Lunatic asylums Central Provinces reports 1910-1926 - 1910-1926
Year: 1910
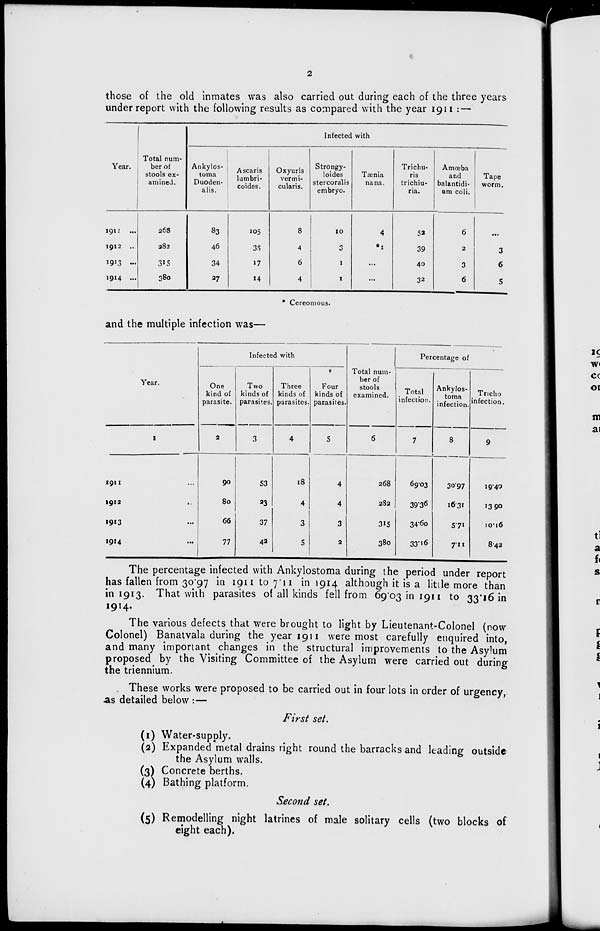
2
those of the old inmates was also carried out during each of the three years
under report with the following results as compared with the year 1911 :—
Year.
1911 ...
1912 ...
1913 ...
1914 ...
Total num-
ber of
stools ex-
amined.
268
282
315
380
Infected with
Ankylos-
toma
Duoden-
alis.
83
46
34
27
Ascaris
lambri-
coides.
105
35
17
14
Oxyuris
vermi-
cularis.
8
4
6
4
Strongy-
loides
stercorals
embryo.
10
3
1
1
Tænia
nana.
4
*1
...
...
Trichu-
ris
trichiu-
ria.
52
39
40
32
Amœba
and
balantidi-
um coli.
6
2
3
6
Tape
worm.
...
3
6
5
* Cereomous.
and the multiple infection was—
Year.
1
1911 ...
1912 ...
1913 ...
1914 ...
Infected with
One
kind of
parasite.
2
90
80
66
77
Two
kinds of
parasites.
3
53
23
37
42
Three
kinds of
parasites.
4
18
4
3
5
Four
kinds of
parasites.
5
4
4
3
2
Total num-
ber of
stools
examined.
6
268
282
315
380
Percentage of
Total
infection.
7
69.03
39.36
34.60
33.16
Ankylos-
toma
infection.
8
30.97
16.31
5.71
7.11
Tricho
infection.
9
19.40
13.90
10.16
8.42
The percentage infected with Ankylostoma during the period under report
has fallen from 30.97 in 1911 to 7.11 in 1914 although it is a little more than
in 1913. That with parasites of all kinds fell from 69.03 in 1911 to 33.16 in
1914.
The various defects that were brought to light by Lieutenant-Colonel (now
Colonel) Banatvala during the year 1911 were most carefully enquired into,
and many important changes in the structural improvements to the Asylum
proposed by the Visiting Committee of the Asylum were carried out during
the triennium.
These works were proposed to be carried out in four lots in order of urgency,
as detailed below :—
First set.
(1) Water-supply.
(2) Expanded metal drains right round the barracks and leading outside
the Asylum walls.
(3) Concrete berths.
(4) Bathing platform.
Second set.
(5) Remodelling night latrines of male solitary cells (two blocks of
eight each).